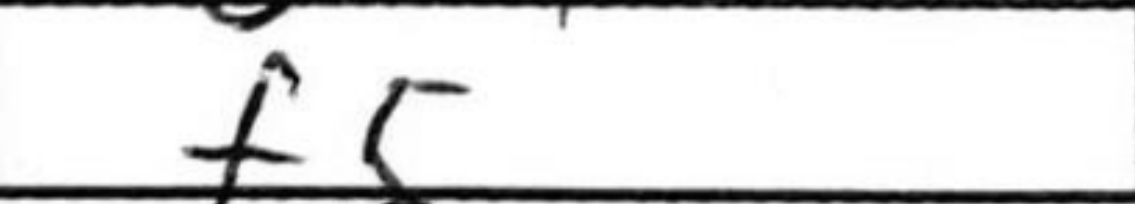
Transcription: f5